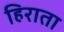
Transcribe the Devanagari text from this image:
हिराता